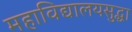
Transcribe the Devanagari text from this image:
महाविद्यालयसुद्धा